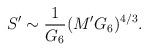
LaTeX: \begin{align*}S' \sim {{1}\over{G_6}} (M' G_6)^{4/3} .\end{align*}